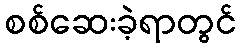
စစ်ဆေးခဲ့ရာတွင်